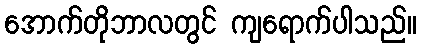
အောက်တိုဘာလတွင် ကျရောက်ပါသည်။